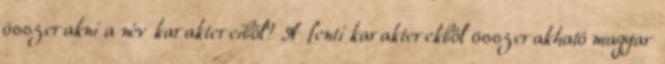
összerakni a név karaktereiből? A fenti karakterekből összerakható magyar